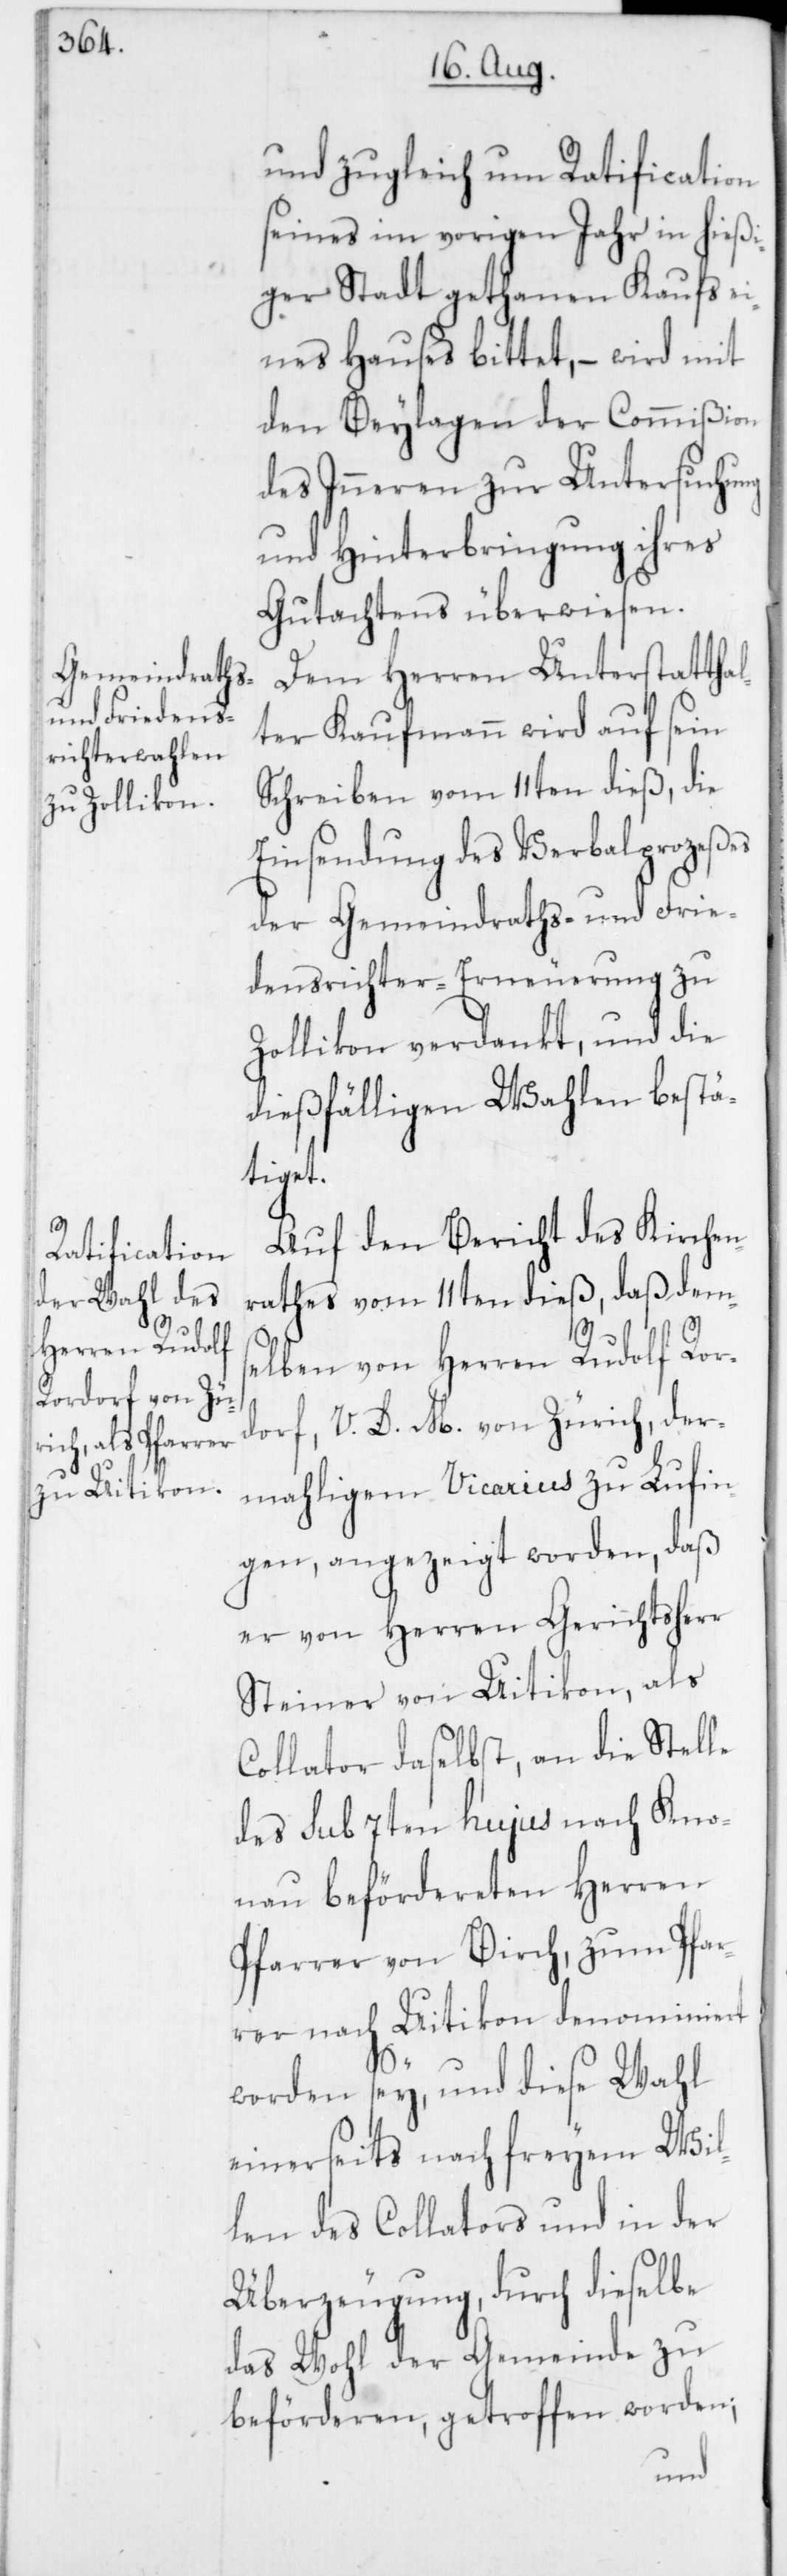
und zugleich um Ratification
seines im vorigen Jahr in hießi¬
ger Stadt gethanen Kaufs e¬
ines Hauses bittet, – wird mit
den Beylagen der Commißion
des Inneren zur Untersuchung
und Hinterbringung ihres
Gutachtens überwiesen.
Dem Herren Unterstattha¬
lter Kaufmann wird auf sein
Schreiben vom 11ten dieß, die
Einsendung des Verbalprozeßes
der Gemeindraths- und Frie¬
densrichter-Erneuerung zu
Zollikon verdankt und die
dießfälligen Wahlen bestä¬
tiget.
Auf den Bericht des Kirchen¬
rathes vom 11ten dieß, daß dem¬
selben von Herren Rudolf Ror¬
dorf, V. D. M. von Zürich, der¬
mahligem Vicarius zu Lufin¬
gen, angezeigt worden, daß
er von Herren Gerichtsherr
Steiner von Uitikon, als
Collator daselbst, an die Stelle
des sub 7ten hujus nach Kno¬
nau befördereten Herrren
Pfarrer von Birch, zum Pfar¬
rer nach Uitikon denominiert
worden sey, und diese Wahl
einerseits nach freyem Wil¬
len des Collators und in der
Überzeugung, durch dieselbe
das Wohl der Gemeinde zu
beförderen, getroffen worden;